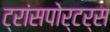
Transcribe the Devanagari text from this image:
ट्रांसपोर्टर्स